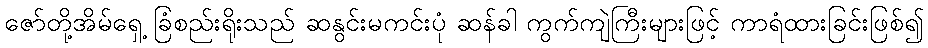
ဇော်တို့အိမ်ရှေ့ ခြံစည်းရိုးသည် ဆနွင်းမကင်းပုံ ဆန်ခါ ကွက်ကျဲကြီးများဖြင့် ကာရံထားခြင်းဖြစ်၍